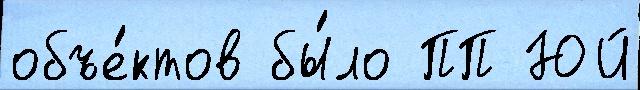
объе́ктов бы́ло ПП ЮЙ